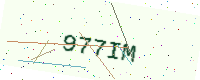
Text: 977IM